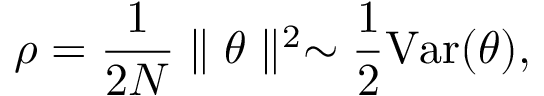
\rho = \frac { 1 } { 2 N } \parallel \theta \parallel ^ { 2 } \sim \frac { 1 } { 2 } { \mathrm { V a r } } ( \theta ) ,